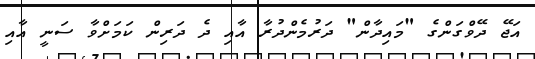
އަޖޭ ދޭވްގަންގެ "މައިދާން" ދަރުމެންދުރާ އާއި ދެ ދަރިން ކަމަށްވާ ސަނީ އާއި